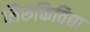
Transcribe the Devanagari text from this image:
निरुक्तिविद्या